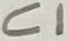
Text: C1